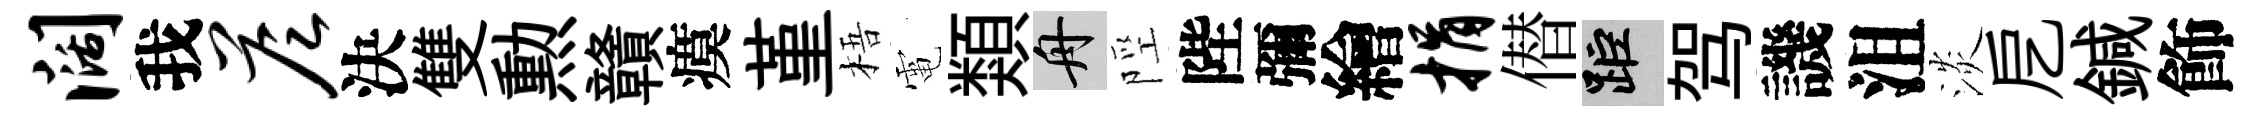
阔我答決雙勲贛瘼堇梧電類舟陘陛彌繪捐僣距驾譏沮淡戹鍼飾